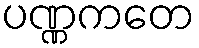
ပဏ္ဏကတေ